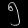
Digit: ၅